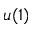
u ( 1 )